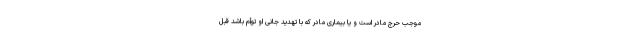
موجب حرج مادر است و یا بیماری مادر که با تهدید جانی او توأم باشد قبل